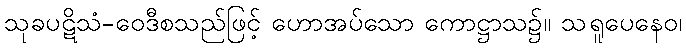
သုခပဋိသံ-ဝေဒီစသည်ဖြင့် ဟောအပ်သော ကောဋ္ဌာသ၌။ သရူပေနေဝ၊